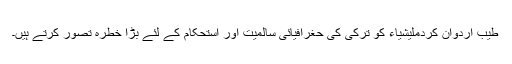
طیب اردوان کردملیشیاء کو ترکی کی حغرافیائی سالمیت اور استحکام کے لئے بڑا خطرہ تصور کرتے ہیں۔